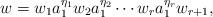
LaTeX: \begin{align*}w = w_{1}a_{1}^{\eta_{1}}w_{2}a_{1}^{\eta_{2}}\cdots w_{r}a_{1}^{\eta_{r}}w_{r+1},\end{align*}